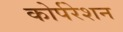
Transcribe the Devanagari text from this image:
कोर्परेशन